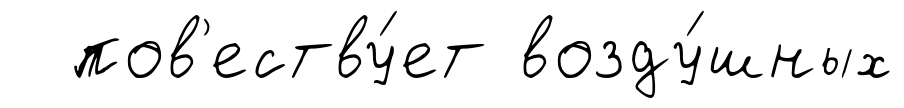
пов'еству́ет возду́шных